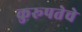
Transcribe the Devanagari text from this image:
कुरूपतेचे